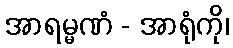
အာရမ္မဏံ - အာရုံကို၊